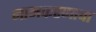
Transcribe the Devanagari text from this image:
नामकरणाचा